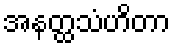
အနတ္ထသံဟိတာ